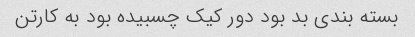
بسته بندی بد بود دور کیک چسبیده بود به کارتن